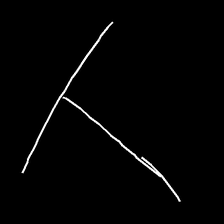
Glyph: column